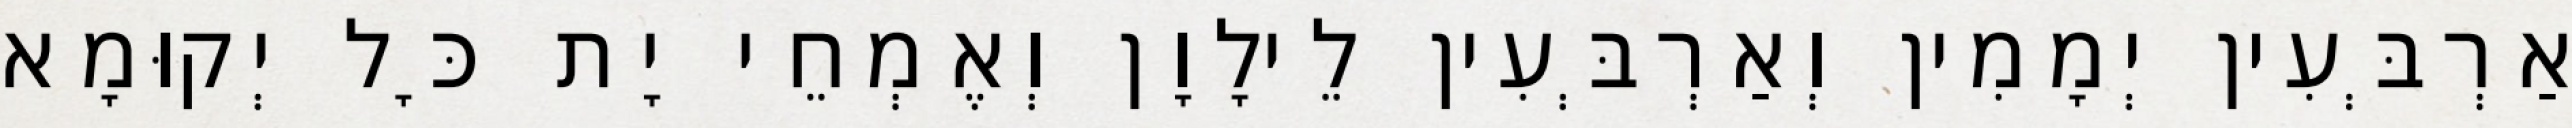
אַרְבְּעִין יְמָמִין וְאַרְבְּעִין לֵילָוָן וְאֶמְחֵי יָת כָּל יְקוּמָא